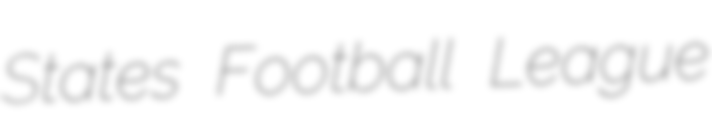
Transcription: States Football League